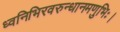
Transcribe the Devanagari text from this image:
ध्वनिभिरवरुन्धानमणुभिः।